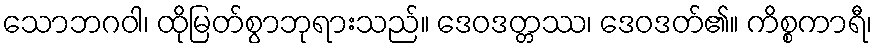
သောဘဂဝါ၊ ထိုမြတ်စွာဘုရားသည်။ ဒေဝဒတ္တဿ၊ ဒေဝဒတ်၏။ ကိစ္စကာရီ၊